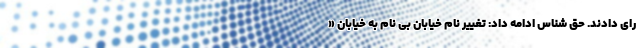
رای دادند. حق شناس ادامه داد: تغییر نام خیابان بی نام به خیابان «